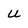
Character: u